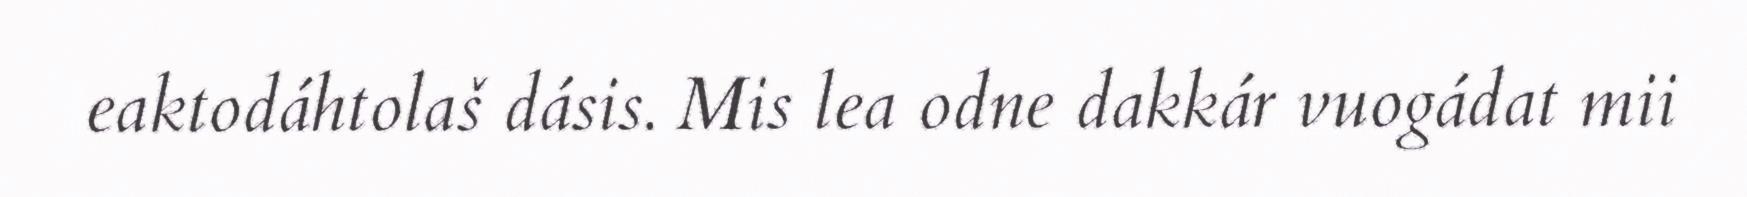
eaktodáhtolaš dásis. Mis lea odne dakkár vuogádat mii